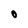
Character: O